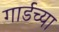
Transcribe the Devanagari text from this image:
गार्डच्या